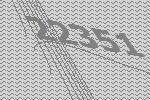
22351